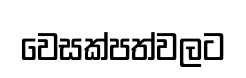
වෙසක්පත්වලට